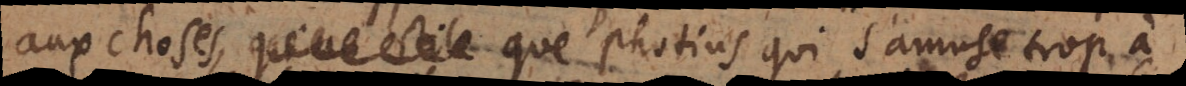
aux choses, que Photius qui s’amuse trop à